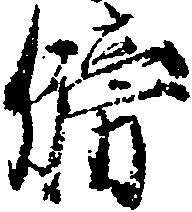
牓